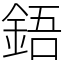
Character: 鋙